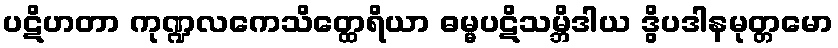
ပဋိဟတာ ကုဏ္ဍလကေသိတ္ထေရိယာ ဓမ္မပဋိသမ္ဘိဒါယ ဒွိပဒါနမုတ္တမော